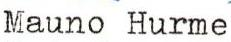
Mauno Hurme